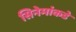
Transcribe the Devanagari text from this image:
सिनेमांकडे